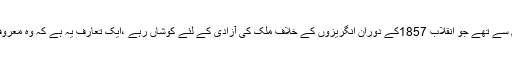
مولوی محمد باقر ہندوستان کے اُن اولین اُولو العزم صحافیوں میں سے تھے جو انقلاب 1857کے دوران انگریزوں کے خلاف ملک کی آزادی کے لئے کوشاں رہے ،ایک تعارف یہ ہے کہ وہ معروف تصنیف’آبِ حیات’کے مصنف محمد حسین آزاد کے والد تھے۔